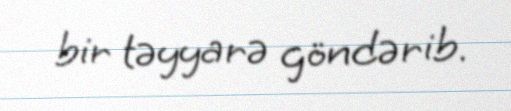
bir təyyarə göndərib.